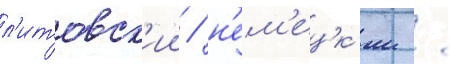
л'итовск'ии / н'ем'ецк'ии /